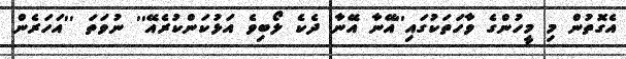
އެގޮތުން މި މީހުންގެ ވާހަތަކުގައި''އޭނާ އޭނާ ދެކެ ލޯބިވެ އަޅުކަންކުރެއޭ'' ނުވަތަ ''އަހަރެން